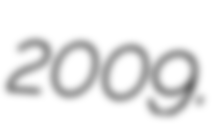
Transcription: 2009.